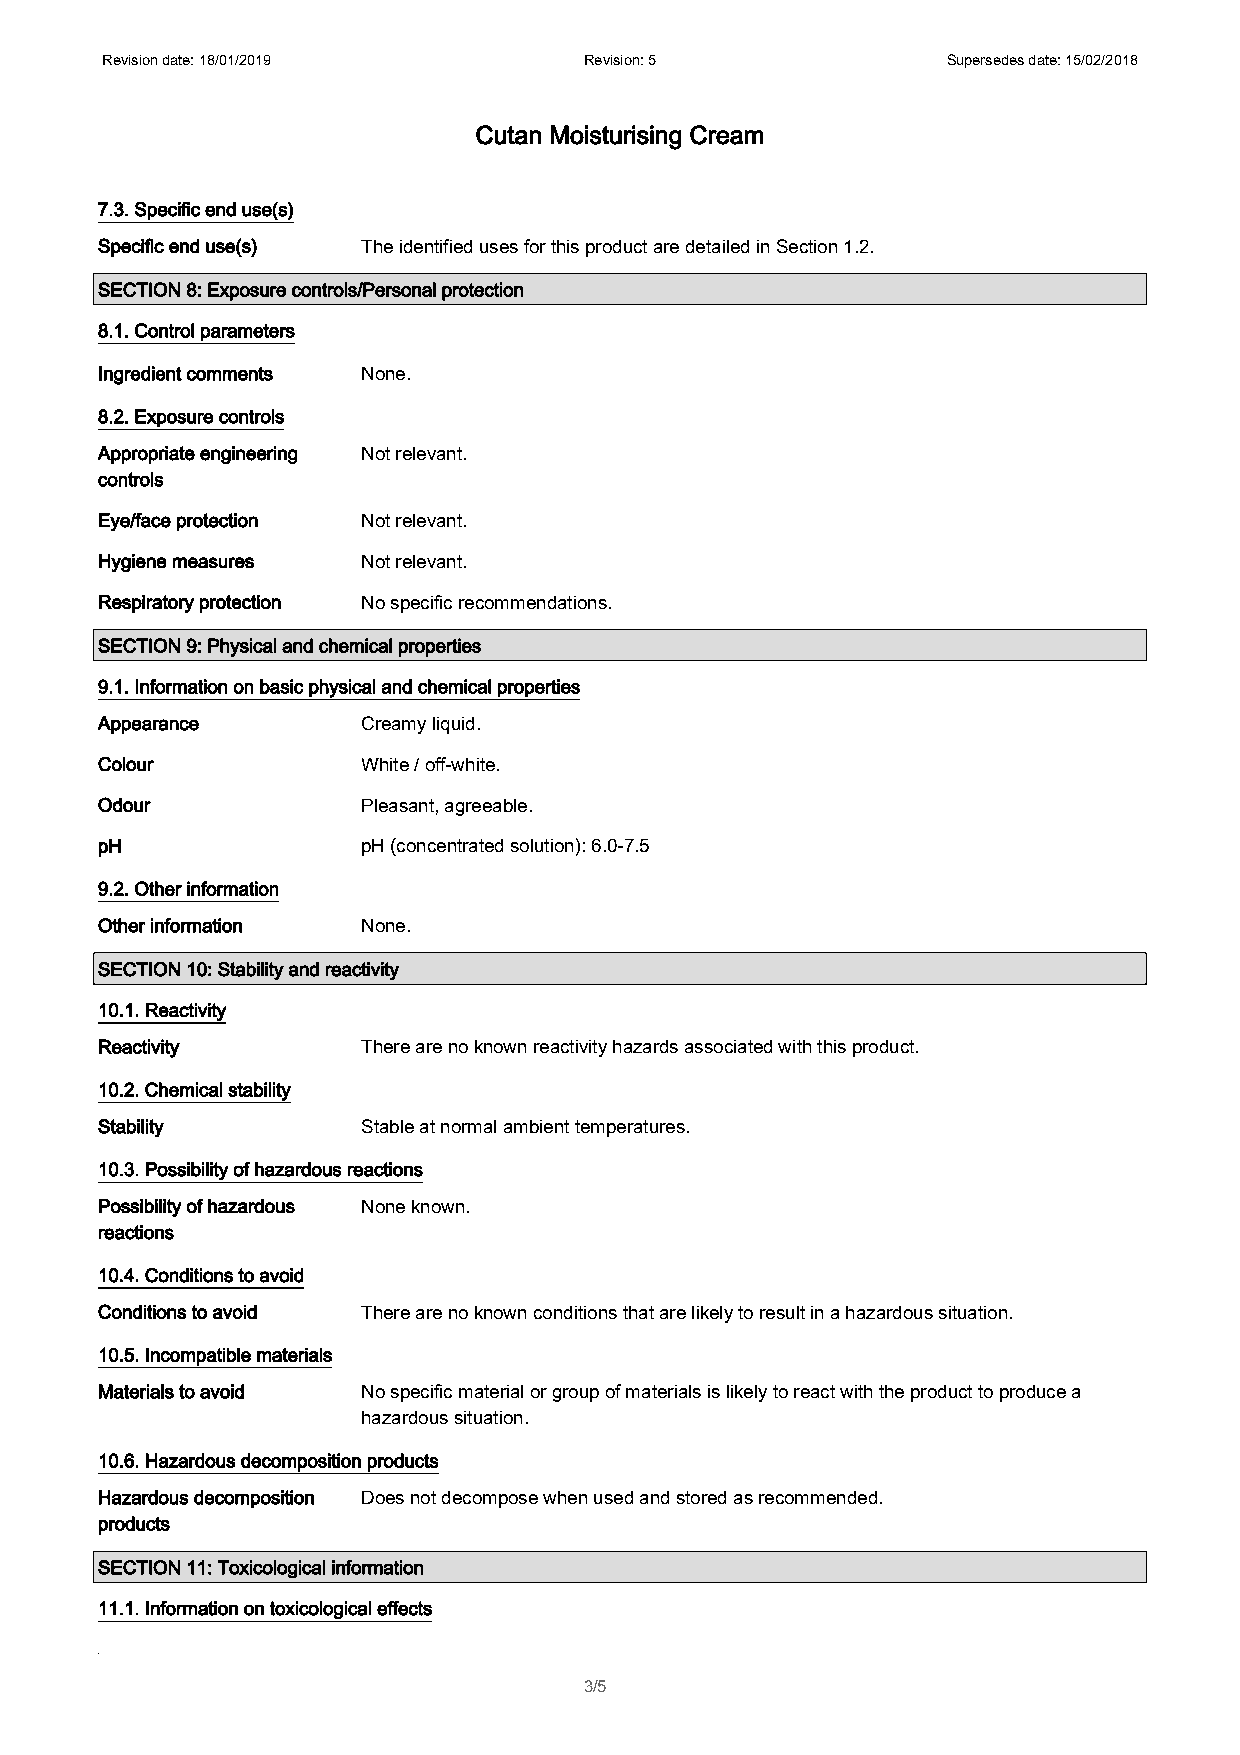
Revision date: 18/01/2019       Revision: 5             Supersedes date: 15/02/2018
 Cutan Moisturising Cream
 7.3. Specific end use(s)
 Specific end use(s) The identified uses for this product are detailed in Section 1.2.
 SECTION 8: Exposure controls/Personal protection
 8.1. Control parameters
 Ingredient comments None.
 8.2. Exposure controls
 Appropriate engineering Not relevant.
 controls
 Eye/face protection Not relevant.
 Hygiene measures  Not relevant.
 Respiratory protection No specific recommendations.
 SECTION 9: Physical and chemical properties
 9.1. Information on basic physical and chemical properties
 Appearance        Creamy liquid.
 Colour            White / off-white.
 Odour             Pleasant, agreeable.
 pH                pH (concentrated solution): 6.0-7.5
 9.2. Other information
 Other information None.
 SECTION 10: Stability and reactivity
 10.1. Reactivity
 Reactivity        There are no known reactivity hazards associated with this product.
 10.2. Chemical stability
 Stability         Stable at normal ambient temperatures.
 10.3. Possibility of hazardous reactions
 Possibility of hazardous None known.
 reactions
 10.4. Conditions to avoid
 Conditions to avoid There are no known conditions that are likely to result in a hazardous situation.
 10.5. Incompatible materials
 Materials to avoid No specific material or group of materials is likely to react with the product to produce a
 hazardous situation.
 10.6. Hazardous decomposition products
 Hazardous decomposition Does not decompose when used and stored as recommended.
 products
 SECTION 11: Toxicological information
 11.1. Information on toxicological effects
 3/5